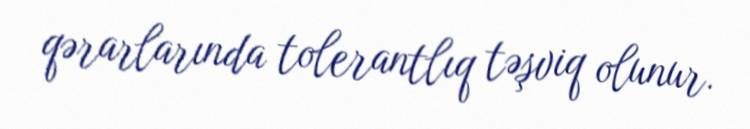
qərarlarında tolerantlıq təşviq olunur.